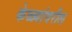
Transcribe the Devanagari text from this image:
केळ्यांवरील